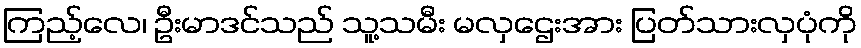
ကြည့်လေ၊ ဦးမာဒင်သည် သူ့သမီး မလှဌေးအား ပြတ်သားလှပုံကို